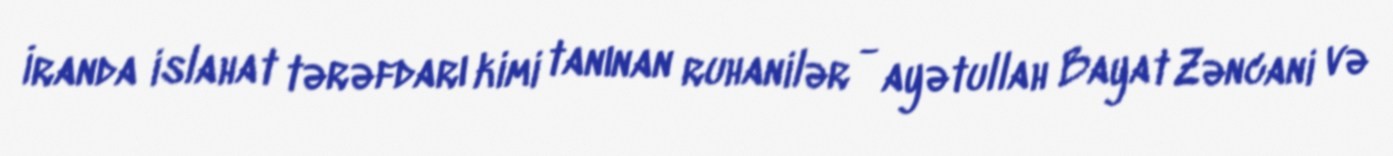
İranda islahat tərəfdarı kimi tanınan ruhanilər - ayətullah Bayat Zəncani və